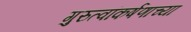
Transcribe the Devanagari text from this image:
गुरुत्वांकर्षणाच्या